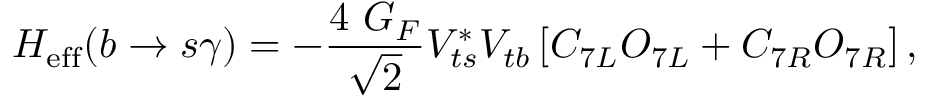
H _ { \mathrm { e f f } } ( b \to s \gamma ) = - { \frac { 4 ~ G _ { F } } { \sqrt { 2 } } } V _ { t s } ^ { * } V _ { t b } \left[ C _ { 7 L } O _ { 7 L } + C _ { 7 R } O _ { 7 R } \right] ,